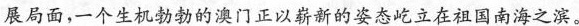
展局面，一个生机勃勃的澳门正以崭新的姿态屹立在祖国南海之滨。